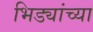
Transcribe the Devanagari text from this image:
भिड्यांच्या